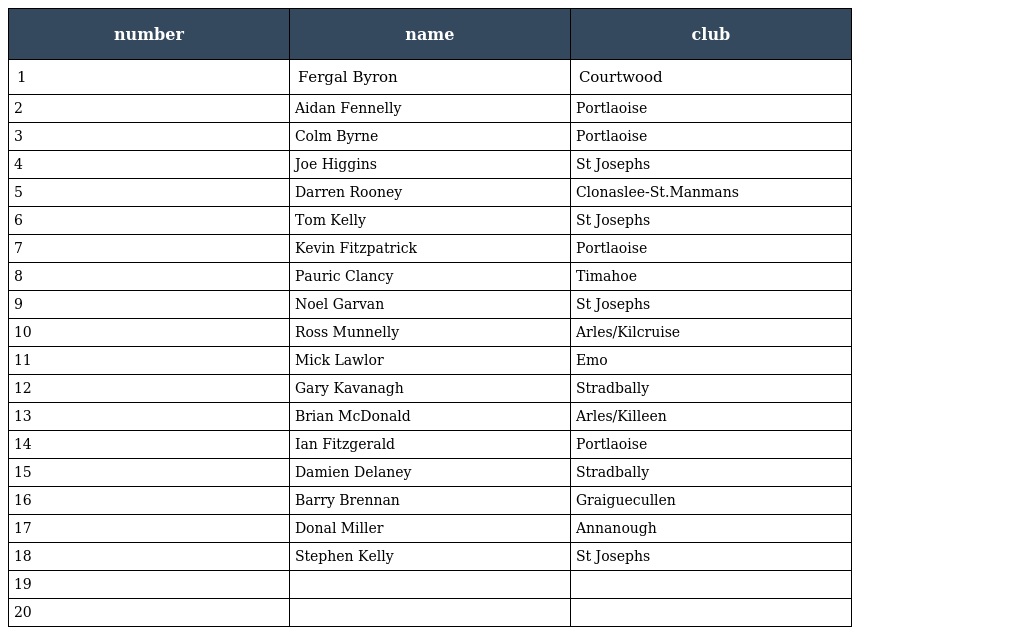
| number | name | club |
 | --- | --- | --- |
 | 1 | Fergal Byron | Courtwood |
 | 2 | Aidan Fennelly | Portlaoise |
 | 3 | Colm Byrne | Portlaoise |
 | 4 | Joe Higgins | St Josephs |
 | 5 | Darren Rooney | Clonaslee-St.Manmans |
 | 6 | Tom Kelly | St Josephs |
 | 7 | Kevin Fitzpatrick | Portlaoise |
 | 8 | Pauric Clancy | Timahoe |
 | 9 | Noel Garvan | St Josephs |
 | 10 | Ross Munnelly | Arles/Kilcruise |
 | 11 | Mick Lawlor | Emo |
 | 12 | Gary Kavanagh | Stradbally |
 | 13 | Brian McDonald | Arles/Killeen |
 | 14 | Ian Fitzgerald | Portlaoise |
 | 15 | Damien Delaney | Stradbally |
 | 16 | Barry Brennan | Graiguecullen |
 | 17 | Donal Miller | Annanough |
 | 18 | Stephen Kelly | St Josephs |
 | 19 |  |  |
 | 20 |  |  |